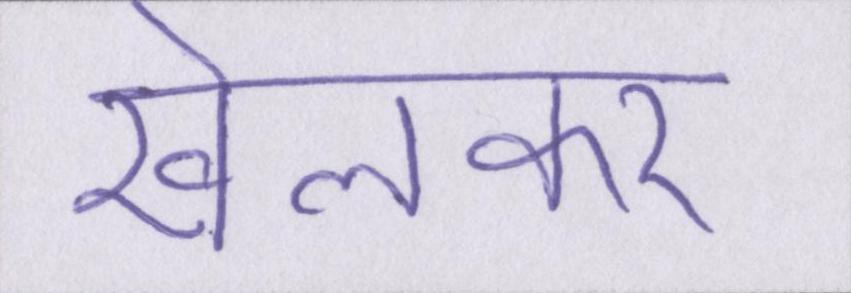
खेलकर